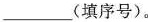
___(填序号)。